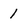
Character: 1